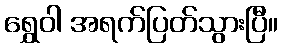
ရွှေဝါ အရက်ပြတ်သွားပြီ။